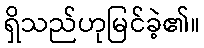
ရှိသည်ဟုမြင်ခဲ့၏။